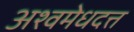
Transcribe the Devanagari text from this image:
अश्वमेधदत्त